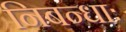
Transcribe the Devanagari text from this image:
निबन्धाः